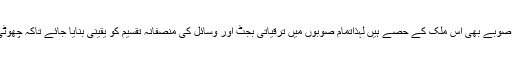
وفاقی حکومت صرف پنجاب کا نہ سوچے بلکہ خیبر پختونخوا ،فاٹا اور دیگر صوبے بھی اس ملک کے حصے ہیں لہٰذاتمام صوبوں میں ترقیاتی بجٹ اور وسائل کی منصفانہ تقسیم کو یقینی بنایا جائے تاکہ چھوٹی قومیتوں اور صوبوں میں پائی جانے والی احساس محرومی کا ازالہ ہوسکے۔